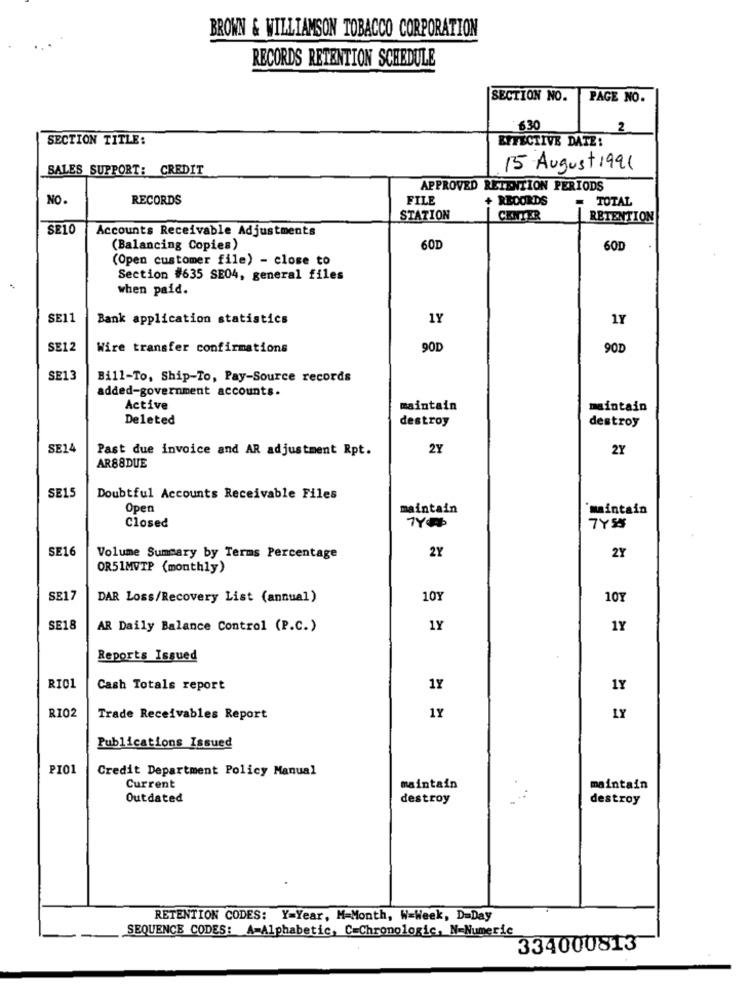
BROWN & WILLIAMSON TOBACCO CORPORATION
RECORDS RETENTION SCHEDULE
SECTION NO.
PAGE NO.
630
2
SECTION TITLE:
EFFECTIVE DATE:
SALES SUPPORT: CREDIT
15 August 1991
APPROVED RETENTION PERIODS
NO.
RECORDS
FILE
+ RECORDS
TOTAL
STATION
CENTER
RETENTION
SE10
Accounts Receivable Adjustments
(Balancing Copies)
60D
60D
(Open customer file) - close to
Section #635 SE04, general files
when paid.
SE11
Bank application statistics
1Y
1Y
SE12
Wire transfer confirmations
90D
90D
SE13
Bill-To. Ship-To, Pay-Source records
added-government accounts.
Active
maintain
maintain
Deleted
destroy
destroy
SE14
Past due invoice and AR adjustment Rpt.
2Y
2Y
AR88DUE
SE15
Doubtful Accounts Receivable Files
Open
maintain
maintain
Closed
7YSS
SE16
2Y
2Y
Volume Summary by Terms Percentage
OR51MVTP (monthly)
SE17
DAR Loss/Recovery List (annual)
101
101
SE18
AR Daily Balance Control (P.C.)
1Y
1Y
Reports Issued
RIO1
Cash Totals report
1Y
1Y
1Y
RIO2
Trade Receivables Report
1Y
Publications Issued
PIO1
Credit Department Policy Manual
Current
maintain
maintain
Outdated
destroy
destroy
RETENTION CODES: Y=Year, M=Month, W=Week, D=Day
SEQUENCE CODES: A=Alphabetic, C=Chromologic, N=Numeric
334000813